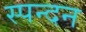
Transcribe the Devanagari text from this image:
स्‍पन्‍दन